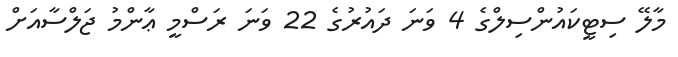
މާލޭ ސިޓީކައުންސިލްގެ 4 ވަނަ ދައުރުގެ 22 ވަނަ ރަސްމީ ޢާންމު ޖަލްސާއަށް